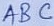
Text: ABC